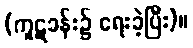
(ကူဋခန်း၌ ရေးခဲ့ပြီး)။